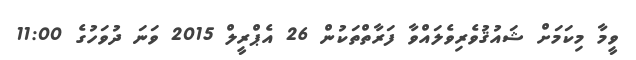
ވީމާ މިކަމަށް ޝައުޤުވެރިވެލައްވާ ފަރާތްތަކުން 26 އެޕްރީލް 2015 ވަނަ ދުވަހުގެ 11:00